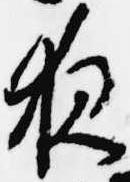
夜